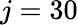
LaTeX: j=30